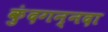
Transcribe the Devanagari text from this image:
कुंदगन्नदा